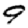
Digit: 9